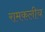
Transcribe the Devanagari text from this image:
रामकलीय